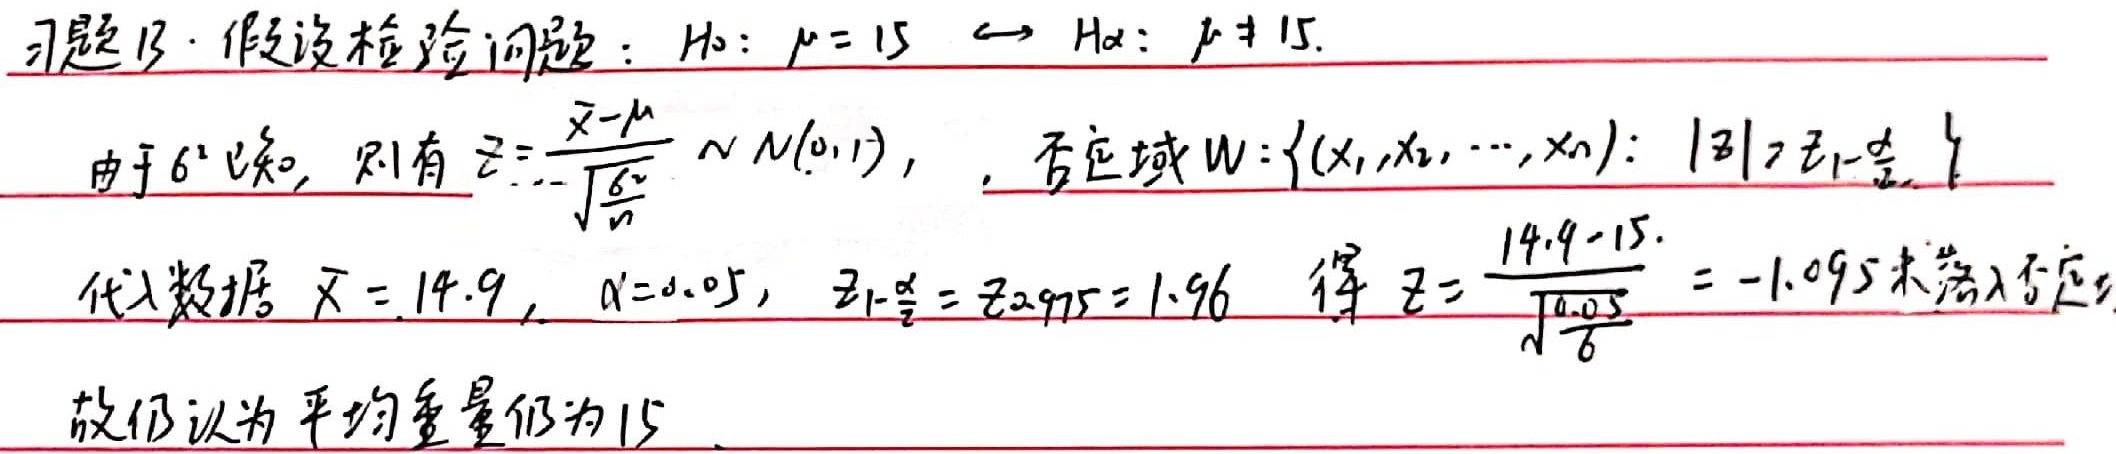
习题13. 假设检验问题：\(H_{0}: \mu = 15\longleftrightarrow H_{\alpha}: \mu\neq 15\).
由于 \(\sigma^{2}\) 已知，则有 \(Z = \frac{\overline{X}-\mu}{\frac{\sigma}{\sqrt{n}}}\sim N(0,1)\)，否定域 \(W=\{(x_{1},x_{2},\cdots,x_{n}):|Z|>z_{1 - \frac{\alpha}{2}}\}\)
代入数据 \(\overline{x} = 14.9\)，\(\alpha = 0.05\)，\(z_{1-\frac{\alpha}{2}}=z_{0.975}=1.96\) 得 \(Z=\frac{14.9 - 15.}{\sqrt{\frac{0.05}{6}}}=-1.095\) 未落入否定域
故仍认为平均重量仍为 \(15\) 。